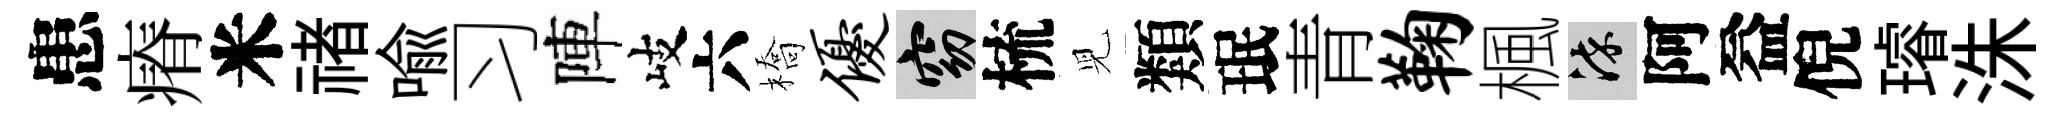
患瘠米禇喩习陣岐六橋优窈梳児類珉青鞠楓染阿益倪璿洙